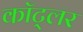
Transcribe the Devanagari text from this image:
कॉट्लर